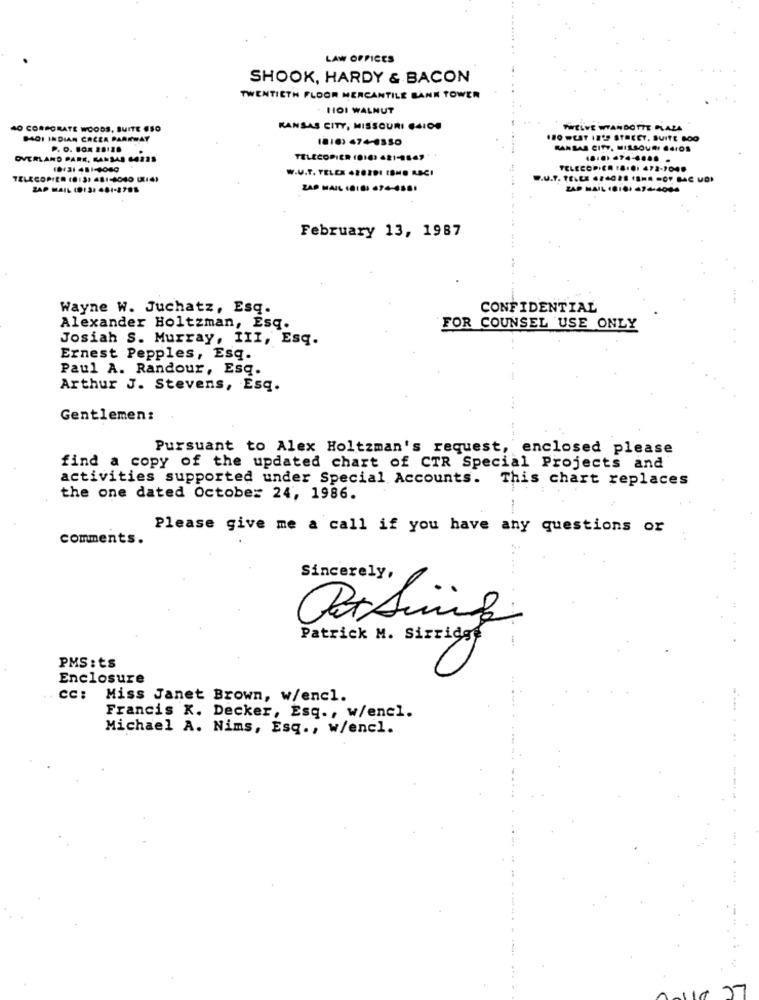
LAW OFFICES
SHOOK, HARDY & BACON
TWENTIETH FLOOR MERCANTILE BANK TOWER
HOI WALNUT
AO CORPORATE WOODS, SUITE @SO
KANSAS CITY, MISSOURI 64IOS
TWELVE WYANDOTTE PLAZA
BADI INDIAN CREEK PARKWAY
1810) 47+-1350
180 WEST IN'S STREET, SUITE BOO
P. O. BOX 28120
KANSAS CITY, MISSOURI .4.OS
OVERLAND PARK, KANSAS GAZ'S
TELECOPIER (010: 421-847
10/31 481-3060
W.U.T. TELEX 428201 IBHO RACI
TELECOPIEA :8.8. 472-2048
TELECOPIER (8:3) 481-4040 (14)
ZAP MAIL (9:3: 481-2781
ZAP MAIL LA18: 674-4581
ZAP MAIL 18:0: 474-4044
February 13, 1987
Wayne W. Juchatz, Esq.
CONFIDENTIAL
Alexander Holtzman, Esq.
FOR COUNSEL USE ONLY
Josiah S. Murray, III, Esq.
Ernest Pepples, Esq.
Paul A. Randour, Esq.
Arthur J. Stevens, Esq.
Gentlemen:
Pursuant to Alex Holtzman's request, enclosed please
find a copy of the updated chart of CTR Special Projects and
activities supported under Special Accounts. This chart replaces
the one dated October 24, 1986.
Please give me a call if you have any questions or
comments.
..
Sincerely,
Patrick M. Sirridge
PMS: ts
Enclosure
CC:
Miss Janet Brown, w/encl.
Francis K. Decker, Esq ., w/enel.
Michael A. Nims, Esq ., w/encl.